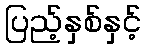
ပြည့်နှစ်နှင့်